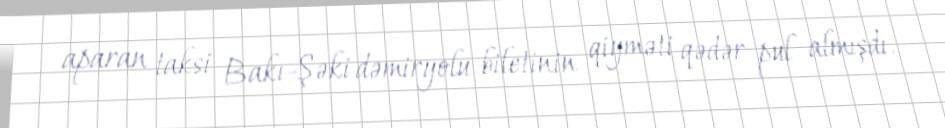
aparan taksi Bakı-Şəki dəmiryolu biletinin qiyməti qədər pul almışdı.